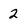
Character: 2